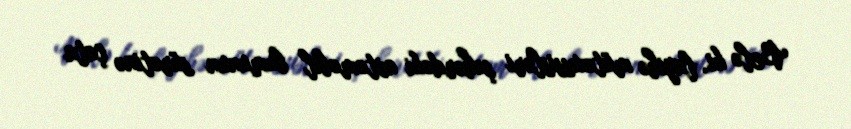
Belə ki, layihə mütəxəssisləri şəhərdəki avtomobil bumunun sürətinə çata